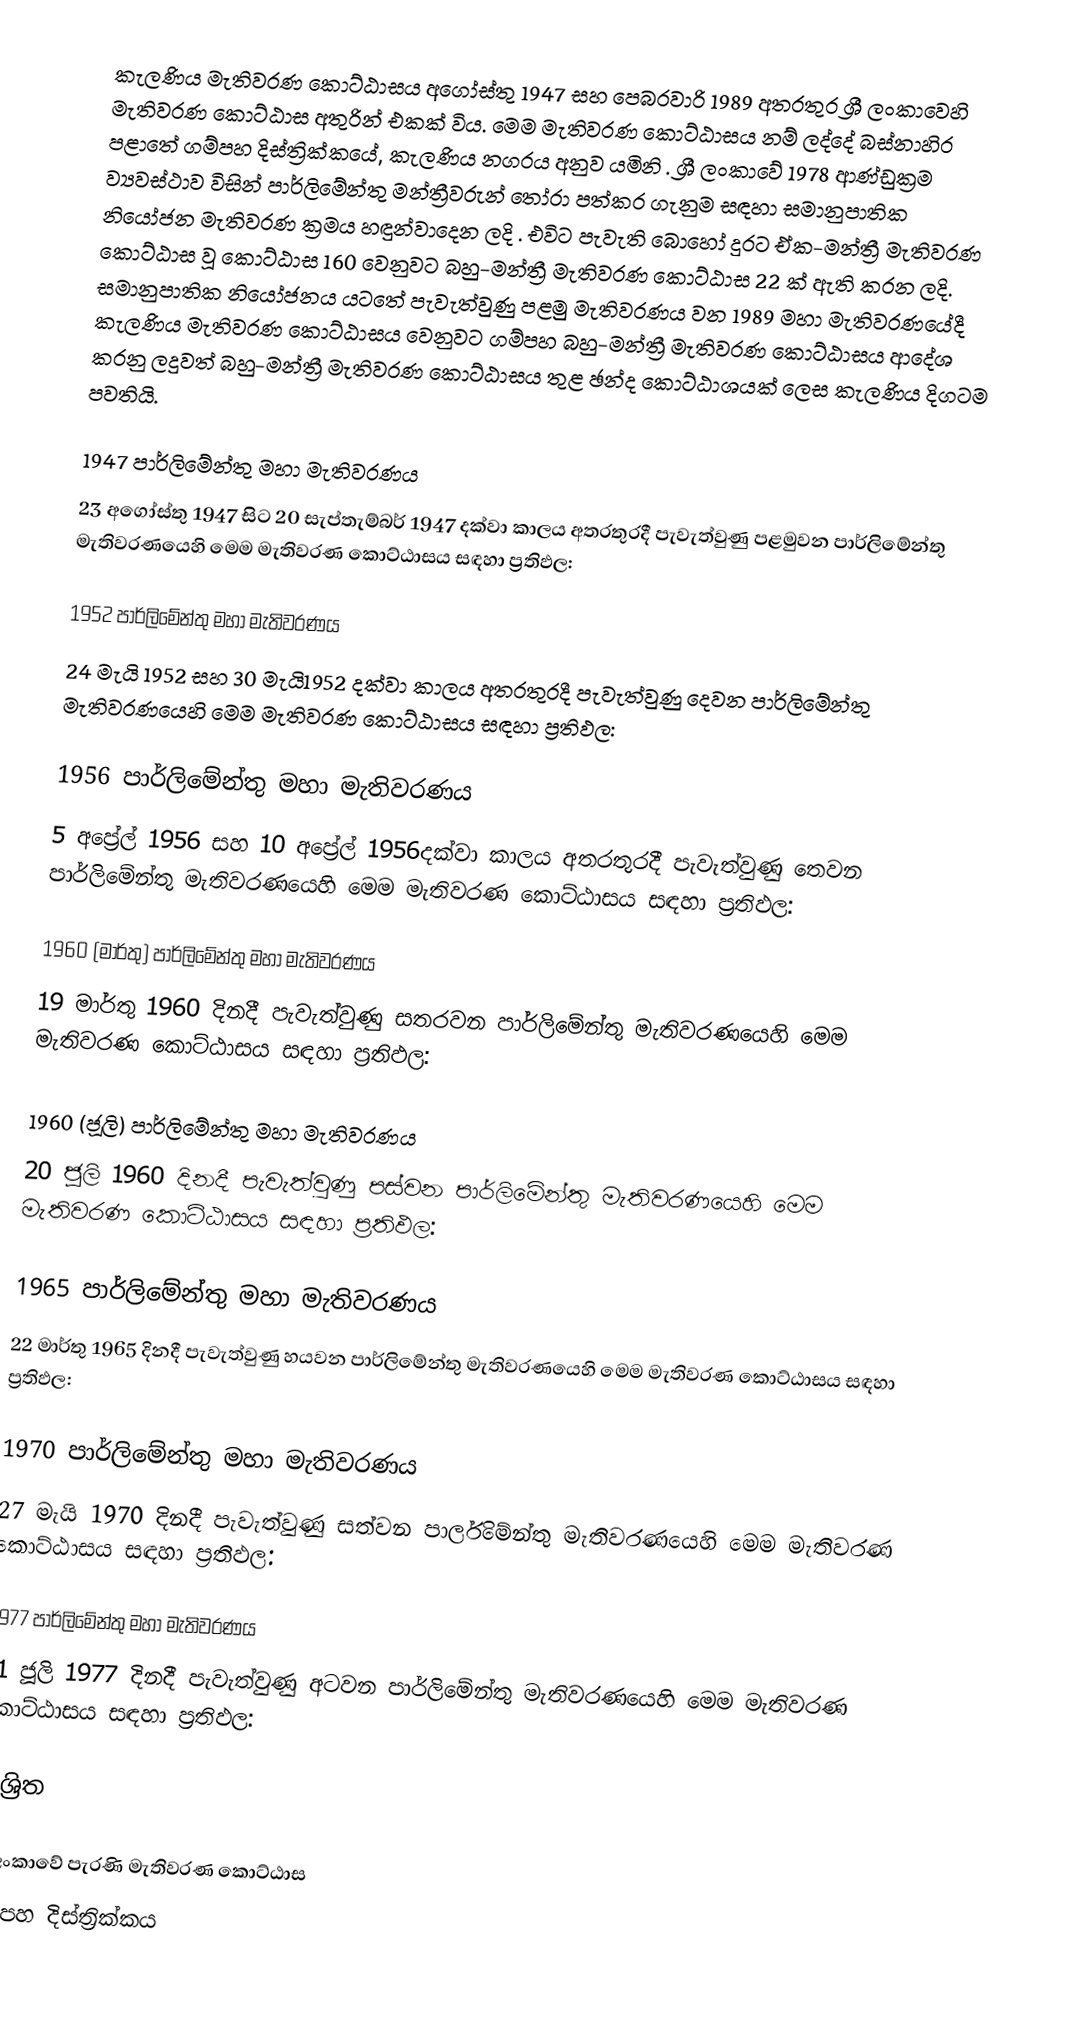
කැලණිය මැතිවරණ කොට්ඨාසය  අගෝස්තු 1947 සහ පෙබරවාරි 1989 අතරතුර  ශ්‍රී ලංකාවෙහි  මැතිවරණ කොට්ඨාස අතුරින් එකක් විය. මෙම මැතිවරණ කොට්ඨාසය නම් ලද්දේ  බස්නාහිර පළාතේ  ගම්පහ දිස්ත්‍රික්කයේ,  කැලණිය නගරය අනුව යමිනි . ශ්‍රී ලංකාවේ 1978 ආණ්ඩුක්‍රම ව්‍යවස්ථාව විසින්   පාර්ලිමේන්තු මන්ත්‍රීවරුන් තෝරා පත්කර ගැනුම සඳහා සමානුපාතික නියෝජන මැතිවරණ ක්‍රමය හඳුන්වාදෙන ලදි . එවිට පැවැති බොහෝ දුරට  ඒක-මන්ත්‍රී මැතිවරණ කොට්ඨාස වූ කොට්ඨාස 160 වෙනුවට බහු-මන්ත්‍රී මැතිවරණ කොට්ඨාස 22 ක් ඇති කරන ලදි. සමානුපාතික නියෝජනය යටතේ පැවැත්වුණු පළමු මැතිවරණය වන 1989 මහා මැතිවරණයේදී  කැලණිය මැතිවරණ කොට්ඨාසය වෙනුවට  ගම්පහ බහු-මන්ත්‍රී මැතිවරණ කොට්ඨාසය  ආදේශ කරනු ලදුවත් බහු-මන්ත්‍රී මැතිවරණ කොට්ඨාසය තුළ ඡන්ද කොට්ඨාශයක් ලෙස කැලණිය දිගටම පවතියි.

1947 පාර්ලිමේන්තු මහා මැතිවරණය
23 අගෝස්තු 1947 සිට 20 සැප්තැම්බර් 1947 දක්වා කාලය අතරතුරදී පැවැත්වුණු  පළමුවන පාර්ලිමේන්තු මැතිවරණයෙහි මෙම මැතිවරණ කොට්ඨාසය සඳහා ප්‍රතිඵල:

1952 පාර්ලිමේන්තු මහා මැතිවරණය
24 මැයි 1952 සහ 30 මැයි1952 දක්වා කාලය අතරතුරදී පැවැත්වුණු  දෙවන පාර්ලිමේන්තු මැතිවරණයෙහි මෙම මැතිවරණ කොට්ඨාසය සඳහා ප්‍රතිඵල:

1956 පාර්ලිමේන්තු මහා මැතිවරණය
5 අප්‍රේල් 1956 සහ 10 අප්‍රේල් 1956දක්වා කාලය අතරතුරදී පැවැත්වුණු  තෙවන පාර්ලිමේන්තු මැතිවරණයෙහි මෙම මැතිවරණ කොට්ඨාසය සඳහා ප්‍රතිඵල:

1960 (මාර්තු) පාර්ලිමේන්තු මහා මැතිවරණය
19 මාර්තු 1960 දිනදී පැවැත්වුණු  සතරවන පාර්ලිමේන්තු මැතිවරණයෙහි මෙම මැතිවරණ කොට්ඨාසය සඳහා ප්‍රතිඵල:

1960 (ජූලි) පාර්ලිමේන්තු මහා මැතිවරණය
20 ජූලි 1960 දිනදී පැවැත්වුණු  පස්වන පාර්ලිමේන්තු මැතිවරණයෙහි මෙම මැතිවරණ කොට්ඨාසය සඳහා ප්‍රතිඵල:

1965 පාර්ලිමේන්තු මහා මැතිවරණය
22 මාර්තු 1965  දිනදී පැවැත්වුණු  හයවන පාර්ලිමේන්තු මැතිවරණයෙහි මෙම මැතිවරණ කොට්ඨාසය සඳහා ප්‍රතිඵල:

1970 පාර්ලිමේන්තු මහා මැතිවරණය
27 මැයි 1970 දිනදී පැවැත්වුණු  සත්වන පාර්ලිමේන්තු මැතිවරණයෙහි මෙම මැතිවරණ කොට්ඨාසය සඳහා ප්‍රතිඵල:

1977 පාර්ලිමේන්තු මහා මැතිවරණය
21 ජූලි 1977 දිනදී පැවැත්වුණු  අටවන පාර්ලිමේන්තු මැතිවරණයෙහි මෙම මැතිවරණ කොට්ඨාසය සඳහා ප්‍රතිඵල:

ආශ්‍රිත

ශ්‍රී ලංකාවේ පැරණි මැතිවරණ කොට්ඨාස
 ගම්පහ දිස්ත්‍රික්කය